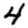
Digit: 4